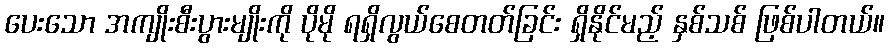
ပေးသော အကျိုးစီးပွားမျိုးကို ပိုမို ရရှိလွယ်စေတတ်ခြင်း ရှိနိုင်မည့် နှစ်သစ် ဖြစ်ပါတယ်။